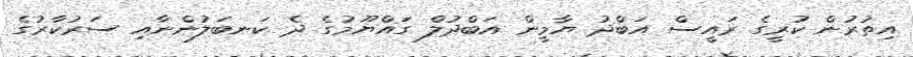
އިތުރުން ކުރީގެ ރައީސް އަބްދު ޔާމީން އަބްދުލް ގައްޔޫމުގެ ދެ ކަނބަލުންނާއި ސަރުކާރުގެ